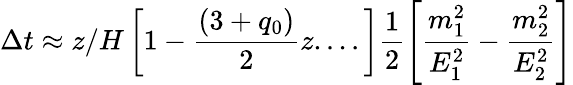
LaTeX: \Delta t\approx z/H\left[1-\frac{(3+q_{0})}{2}z....\right]\frac{1}{2}\left[\frac{m_{1}^{2}}{E_{1}^{2}}-\frac{m_{2}^{2}}{E_{2}^{2}}\right]